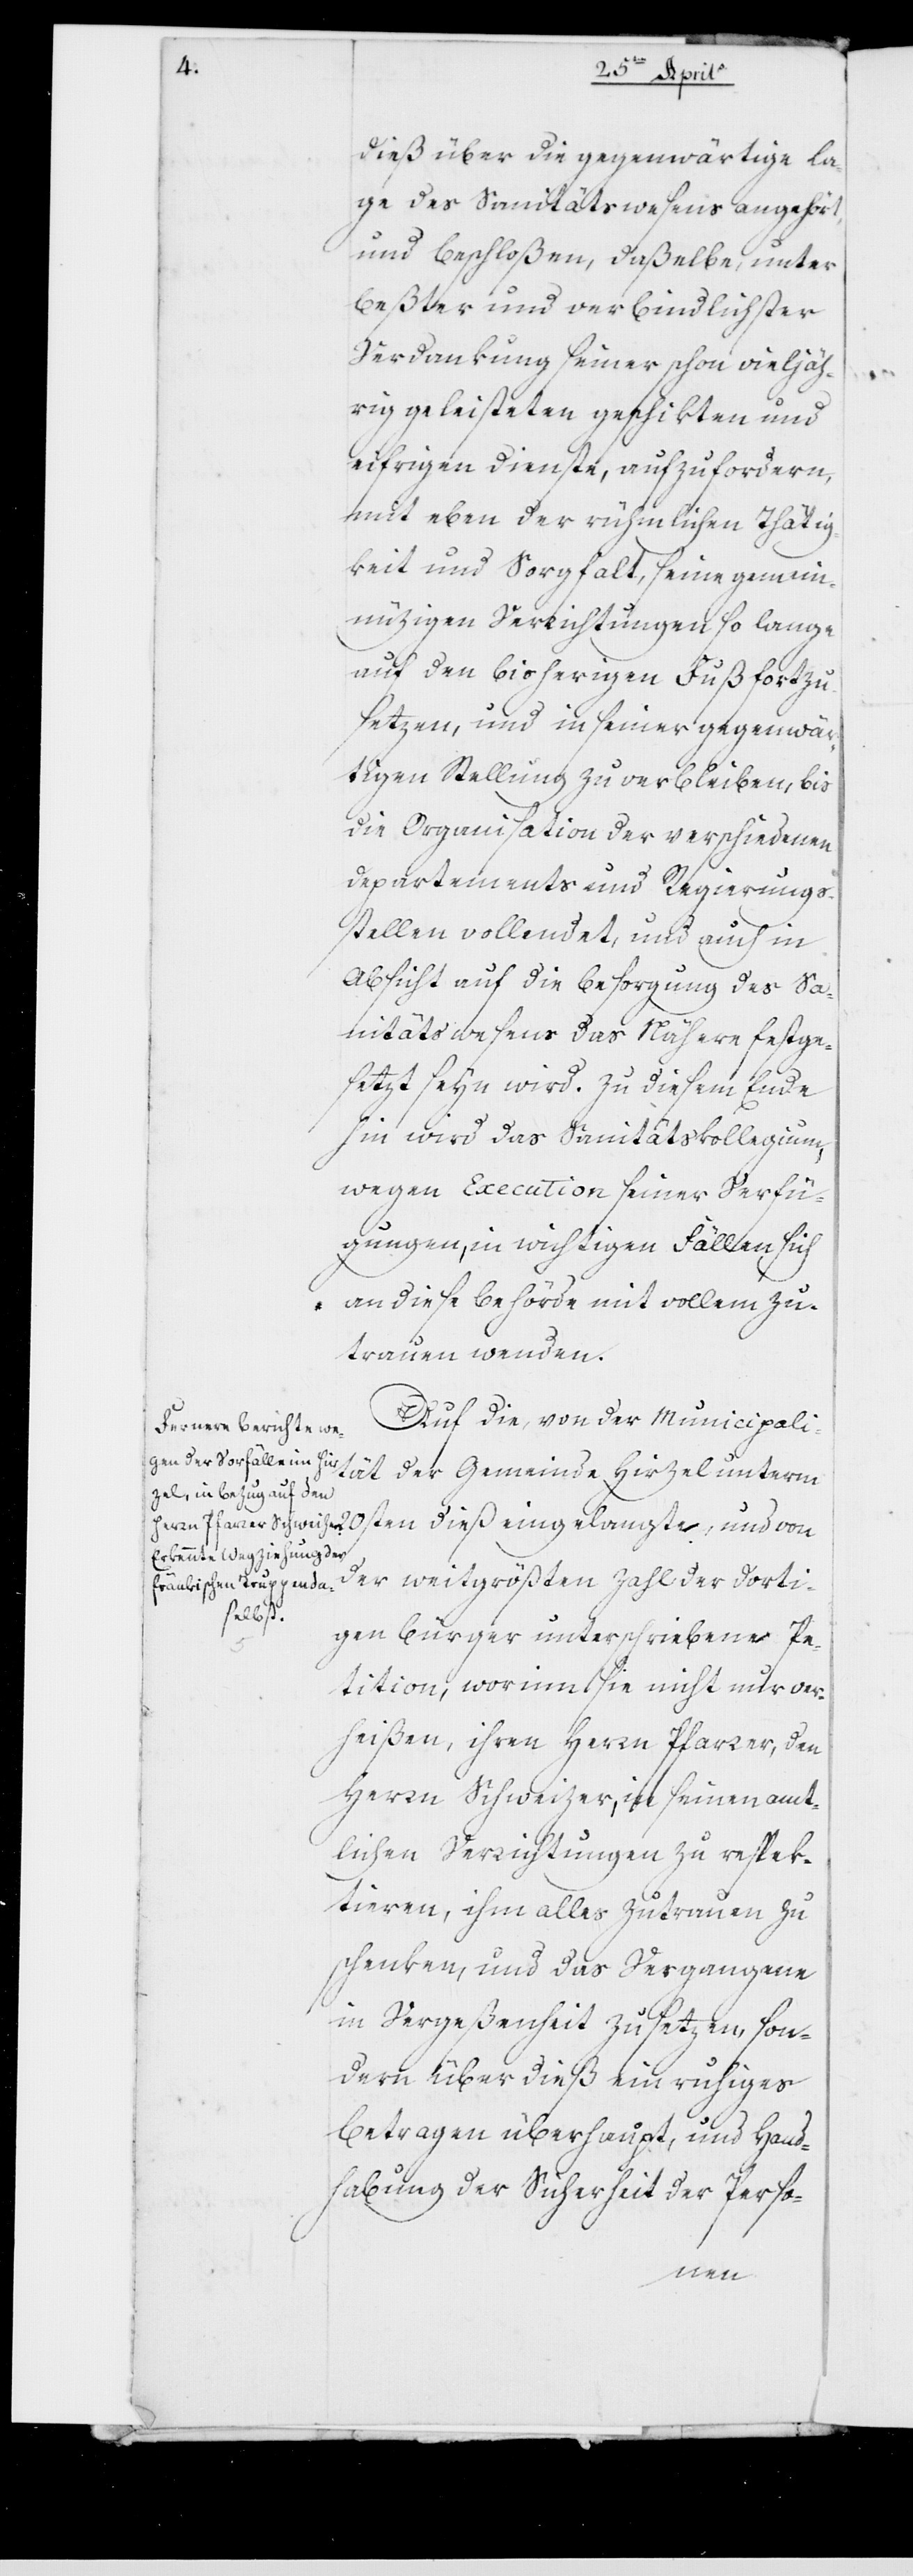
dieß über die gegenwärtige La¬
ge des Sanitätswesens angehört
und beschloßen, daßelbe, unter
beßter und verbindlichster
Verdankung seiner schon vieljähr¬
ig geleisteten geschikten und
eifrigen Dienste, aufzufordern,
mit eben der rühmlichen Thätig¬
keit und Sorgfalt, seine gemein¬
nützigen Verrichtungen so lange
auf den bisherigen Fuß fortzu¬
setzen, und in seiner gegenwär¬
tigen Stellung zu verbleiben, bis
die Organisation der verschiedenen
Departements und Regierungs¬
stellen vollendet, und auch in
Absicht auf die Besorgung des Sa¬
nitätswesens das Nähere festge¬
setzt seyn wird. Zu diesem Ende
hin wird das Sanitätskollegium,
wegen Execution seiner Verfü¬
gungen, in wichtigen Fällen sich
an diese Behörde mit vollem Zu¬
trauen wenden.
Auf die von der Municipali¬
tät der Gemeinde Hirzel unterm
20sten dieß eingelangte, und von
der dort¬
igen Bürger unterschriebene Pe¬
tition, worinn Sie nicht nur ver¬
heißen, ihren Herrn Pfarrer, den
Herrn Schweizer, in seinen amt¬
lichen Verrichtungen zu respek¬
tieren, ihm alles Zutrauen zu
schenken, und das Vergangene
in Vergeßenheit zu setzen, son¬
dern über dieß ein ruhiges
Betragen überhaupt, und Hand¬
habung der Sicherheit der Perso-